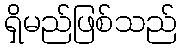
ရှိမည်ဖြစ်သည်